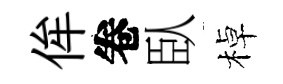
侔卷臥棹